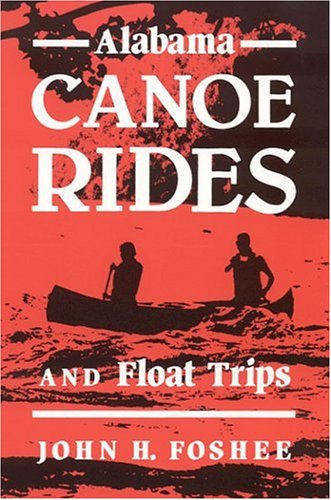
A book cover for Alabama Canoe Rides and Float Trips; John Foshee; Travel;